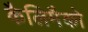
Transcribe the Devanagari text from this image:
कैलिमैको